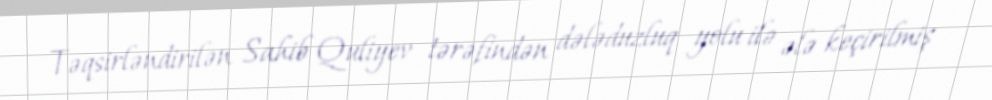
Təqsirləndirilən Sahib Quliyev tərəfindən dələduzluq yolu ilə ələ keçirilmiş